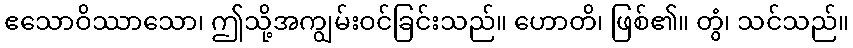
ဧသောဝိဿာသော၊ ဤသို့အကျွမ်းဝင်ခြင်းသည်။ ဟောတိ၊ ဖြစ်၏။ တွံ၊ သင်သည်။